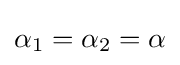
\alpha _{1}=\alpha _{2}=\alpha